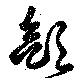
斂